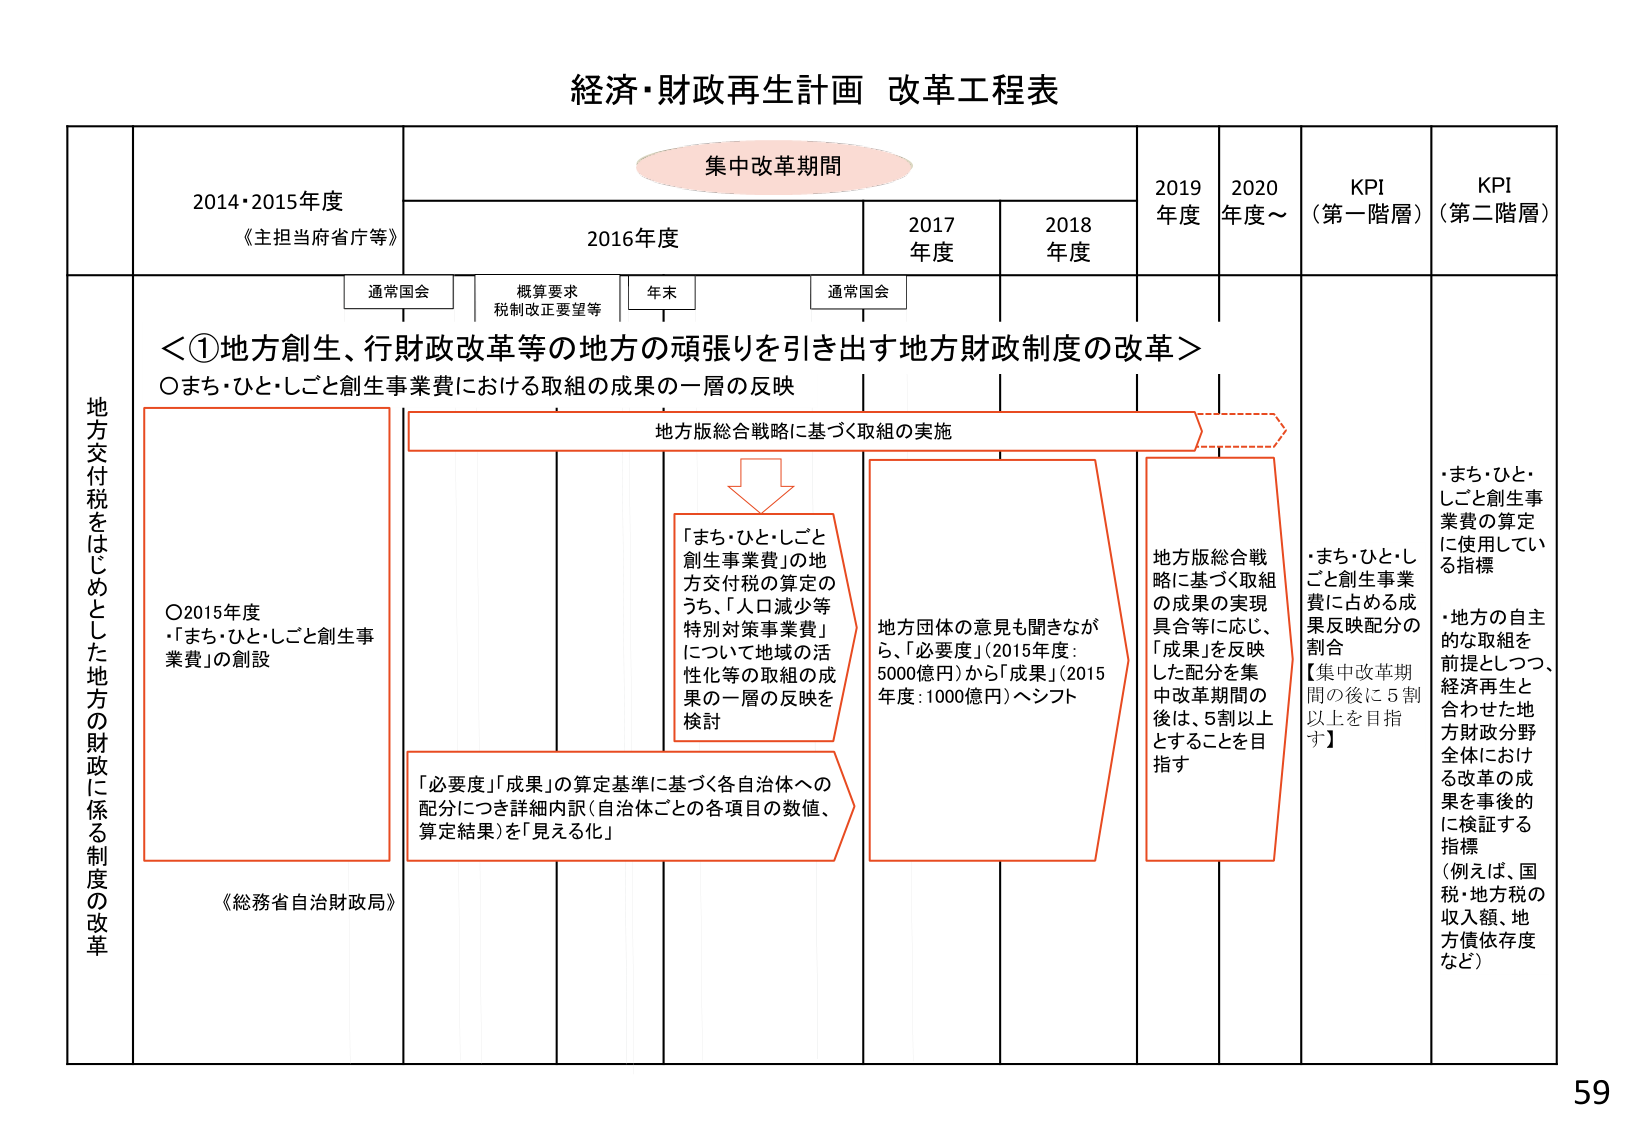
経済・財政再生計画 改革工程表

集中改革期間

2014・2015年度
《主担当府省庁等》

2016年度

2017年度

2018年度

2019年度

2020年度～

KPI（第一階層）

KPI（第二階層）

通常国会

概算要求
税制改正要望等

年末

通常国会

地方交付税をはじめとした地方の財政に係る制度の改革

＜①地方創生、行財政改革等の地方の頑張りを引き出す地方財政制度の改革＞
〇まち・ひと・しごと創生事業費における取組の成果の一層の反映

地方版総合戦略に基づく取組の実施

〇2015年度
・「まち・ひと・しごと創生事業費」の創設

「まち・ひと・しごと創生事業費」の地方交付税の算定のうち、「人口減少等特別対策事業費」について地域の活性化等の取組の成果の一層の反映を検討

「必要度」「成果」の算定基準に基づく各自治体への配分につき詳細内訳（自治体ごとの各項目の数値、算定結果）を「見える化」

地方団体の意見も聞きながら、「必要度」（2015年度：5000億円）から「成果」（2015年度：1000億円）へシフト

地方版総合戦略に基づく取組の成果の実現具合等に応じ、「成果」を反映した配分を集中改革期間の後は、5割以上とすることを目指す

・まち・ひと・しごと創生事業費の算定に使用している指標

・まち・ひと・しごと創生事業費に占める成果反映配分の割合
【集中改革期間の後に5割以上を目指す】

・地方の自主的な取組を前提としつつ、経済再生と合わせた地方財政分野全体における改革の成果を事後的に検証する指標
（例えば、国税・地方税の収入額、地方債依存度など）

《総務省自治財政局》

59